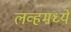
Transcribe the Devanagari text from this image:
लव्हमध्ये